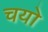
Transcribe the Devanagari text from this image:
चयो